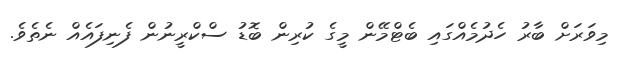
މިވަރަށް ބާރު ހެދުމެއްގައި ބެޓްމޭން މީގެ ކުރިން ބޮޑު ސްކްރީނުން ފެނިފައެއް ނެތެވެ.